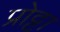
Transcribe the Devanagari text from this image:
प्रोट्टा